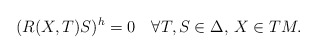
\begin{align*} (R(X,T)S)^h=0\quad\forall T,S\in\Delta,\, X\in TM. \end{align*}